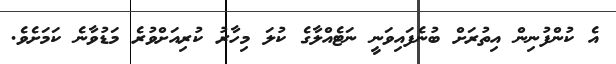
އެ ކުންފުނިން އިތުރަށް ބުނެފައިވަނީ ނަޓެއްލާގެ ކުލަ މިހާރު ކުރިއަށްވުރެ މަޑުވާނެ ކަމަށެވެ.